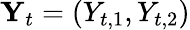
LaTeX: \mathbf{Y}_{t}=(Y_{t,1},Y_{t,2})